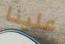
علينا